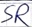
Text: SR